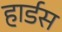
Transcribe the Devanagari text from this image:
हार्डस